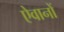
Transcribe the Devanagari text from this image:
ऐवानों